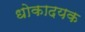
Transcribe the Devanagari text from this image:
धोकादयक